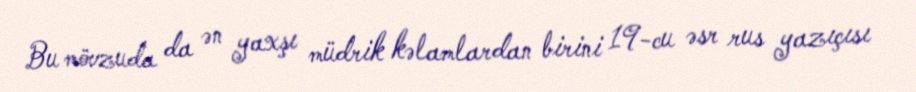
Bu mövzuda da ən yaxşı müdrik kəlamlardan birini 19-cu əsr rus yazıçısı